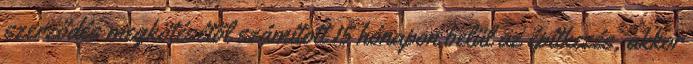
szerződés megkötésétől számított 15 hónapon belül az építkezés, akkor